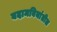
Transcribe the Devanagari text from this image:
बदामबियांतील